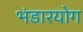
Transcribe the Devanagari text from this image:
भंडारयोग